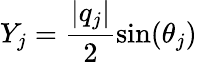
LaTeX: Y_{j}=\frac{\lvert q_{j}\rvert}{2}\sin(\theta_{j})